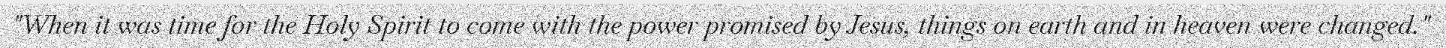
"When it was time for the Holy Spirit to come with the power promised by Jesus, things on earth and in heaven were changed."